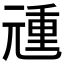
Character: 𰃏